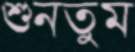
শুনতুম